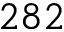
2 8 2